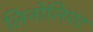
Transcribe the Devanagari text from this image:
लिनोलिएट